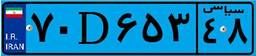
۷۰D۶۵۳۴۸